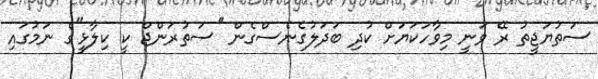
ސަތުޔަޖީތު ރޭ ވަނީ މިވާހަކަޔަށް ކުދި ބަދަލުގެނެސްގެން ''ސަތުރަންޖް ކީ ކިލާޅީ''ގެ ނަމުގައި